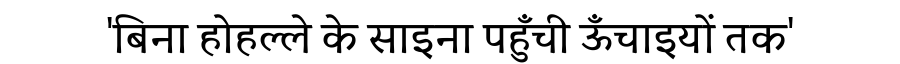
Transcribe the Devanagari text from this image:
'बिना होहल्ले के साइना पहुँची ऊँचाइयों तक'